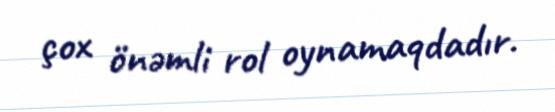
çox önəmli rol oynamaqdadır.